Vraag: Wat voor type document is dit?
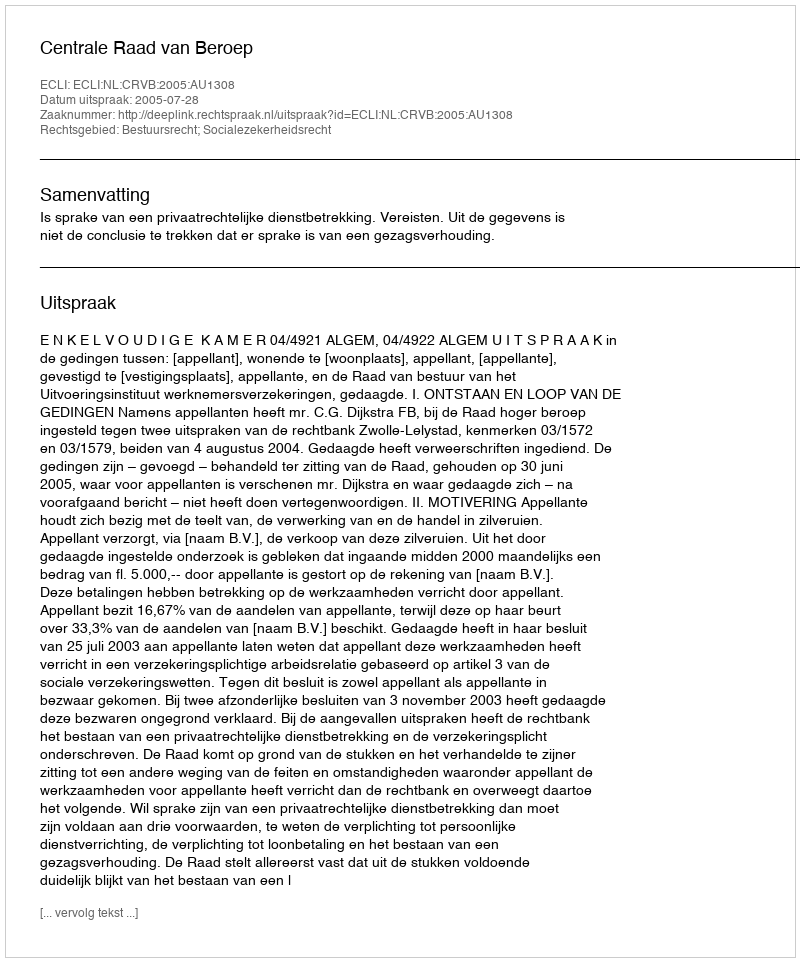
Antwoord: Uitspraak